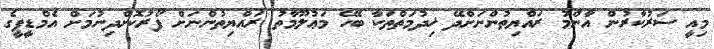
މިއީ ސަރުކާރުން އާންމު ރައްޔިތުންނަށްދޭ ޚިދުމަތްތަކާ ބެހޭ މަޢުލޫމާތު ރައްޔިތުންނަށް ފޯރުކޮށްދިނުމަށް އެމްޑީޕީގެ